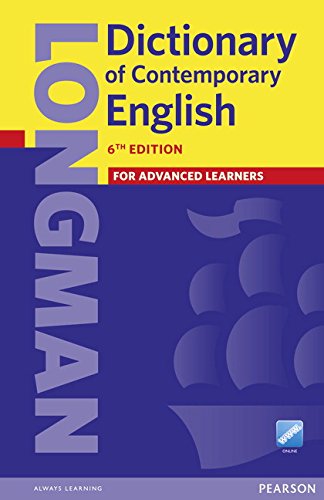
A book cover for Longman Dictionary of Contemporary English (Paper and Online Access) (6th Edition); Pearson Education; Reference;